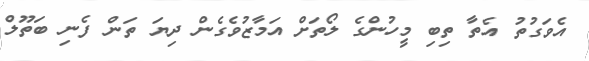
އެވަގުތު އެތާ ތިބި މީހުންގެ ލޯތަށް އަމާޒުވެގެން ދިޔަ ތަން ފެނި ބަތޫލް